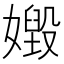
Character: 𡢶